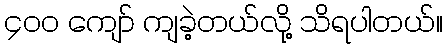
၄၀၀ ကျော် ကျခဲ့တယ်လို့ သိရပါတယ်။